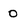
Character: O